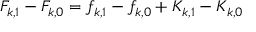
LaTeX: F _ { k , 1 } - F _ { k , 0 } = f _ { k , 1 } - f _ { k , 0 } + K _ { k , 1 } - K _ { k , 0 }